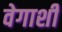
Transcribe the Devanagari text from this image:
वेगाशी